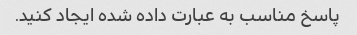
پاسخ مناسب به عبارت داده شده ایجاد کنید.